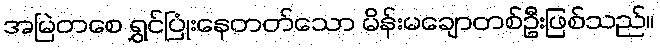
အမြဲတစေ ရွှင်ပြုံးနေတတ်သော မိန်းမချောတစ်ဦးဖြစ်သည်။